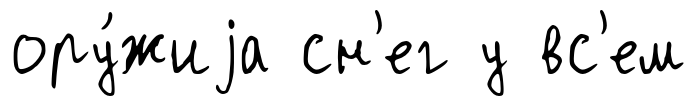
ору́жиjа сн'ег у вс'ем